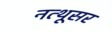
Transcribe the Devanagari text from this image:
नत्थूसर